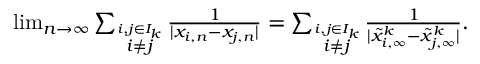
\begin{array} { r } { \operatorname* { l i m } _ { n \to \infty } \sum _ { \stackrel { i , j \in I _ { k } } { i \not = j } } { \frac { 1 } { | x _ { i , n } - x _ { j , n } | } } = \sum _ { \stackrel { i , j \in I _ { k } } { i \not = j } } { \frac { 1 } { | \tilde { x } _ { i , \infty } ^ { k } - \tilde { x } _ { j , \infty } ^ { k } | } } . } \end{array}